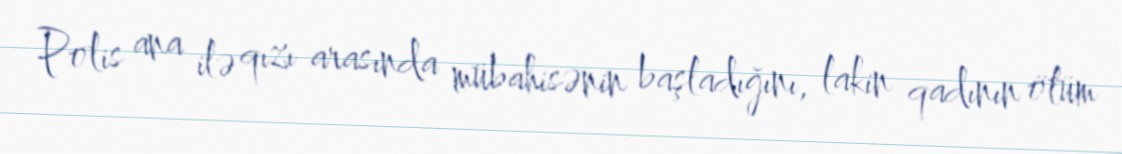
Polis ana ilə qızı arasında mübahisənin başladığını, lakin qadının ölüm